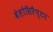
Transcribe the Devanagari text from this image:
वेलोसिरैप्टर